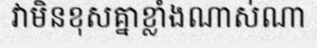
វាមិនខុសគ្នាខ្លាំងណាស់ណា